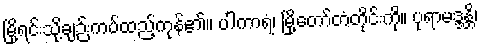
မြို့ရင်းသို့ချဉ်းကပ်ထည့်ကုန်၏။ ပါကာရံ၊ မြို့တော်တံတိုင်းကို။ ပုရာမဒ္ဒန္တိ၊